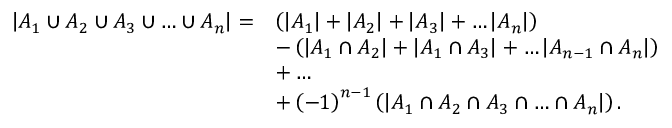
{ \begin{array} { r l } { \left| A _ { 1 } \cup A _ { 2 } \cup A _ { 3 } \cup \ldots \cup A _ { n } \right| = } & { \left( \left| A _ { 1 } \right| + \left| A _ { 2 } \right| + \left| A _ { 3 } \right| + \ldots \left| A _ { n } \right| \right) } \\ & { - \left( \left| A _ { 1 } \cap A _ { 2 } \right| + \left| A _ { 1 } \cap A _ { 3 } \right| + \ldots \left| A _ { n - 1 } \cap A _ { n } \right| \right) } \\ & { + \ldots } \\ & { + \left( - 1 \right) ^ { n - 1 } \left( \left| A _ { 1 } \cap A _ { 2 } \cap A _ { 3 } \cap \ldots \cap A _ { n } \right| \right) . } \end{array} }